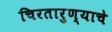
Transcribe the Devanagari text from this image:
चिरतारुण्याचे